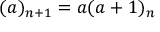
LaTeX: ( a ) _ { n + 1 } = a ( a + 1 ) _ { n }